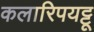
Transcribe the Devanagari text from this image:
कलारिपयट्टू